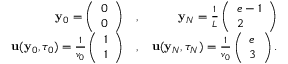
\begin{array} { r l r } { { \mathbf y } _ { 0 } = \left( \begin{array} { l } { 0 } \\ { 0 } \end{array} \right) } & { { } , } & { { \mathbf y } _ { N } = \frac { 1 } { L } \left( \begin{array} { l } { e - 1 } \\ { 2 } \end{array} \right) } \\ { { \mathbf u } ( { \mathbf y } _ { 0 } , \tau _ { 0 } ) = \frac { 1 } { v _ { 0 } } \left( \begin{array} { l } { 1 } \\ { 1 } \end{array} \right) } & { { } , } & { { \mathbf u } ( { \mathbf y } _ { N } , \tau _ { N } ) = \frac { 1 } { v _ { 0 } } \left( \begin{array} { l } { e } \\ { 3 } \end{array} \right) . } \end{array}